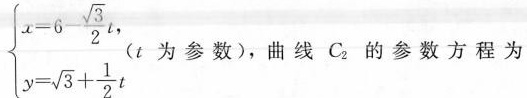
$$\left\{ \begin{matrix} x=6- \frac{\sqrt{3}}{2}t, \\ y= \sqrt{3}+ \frac{1}{2}t \\ \end{matrix} \right.$$ t为参数)，曲线C的参数方程为